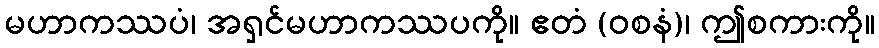
မဟာကဿပံ၊ အရှင်မဟာကဿပကို။ ဧတံ (ဝစနံ)၊ ဤစကားကို။